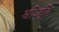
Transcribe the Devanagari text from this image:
अधिवृद्धि